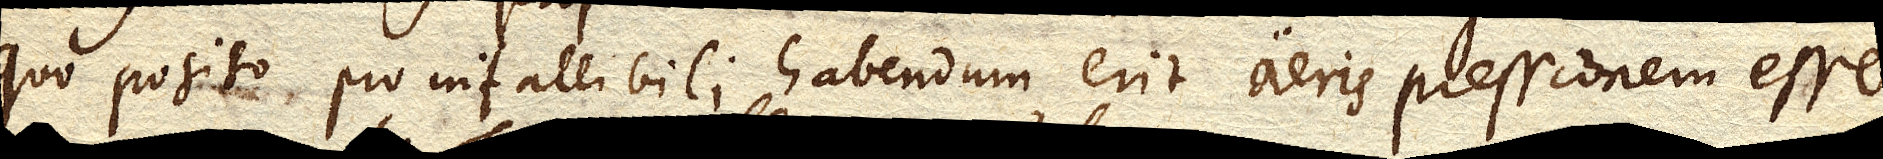
Quo posito pro infallibili habendam erit aeris pressionem esse